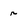
Character: r